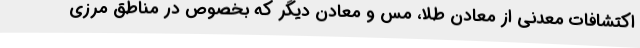
اکتشافات معدنی از معادن طلا، مس و معادن دیگر که بخصوص در مناطق مرزی